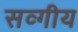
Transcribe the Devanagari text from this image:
सव्गीय